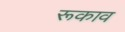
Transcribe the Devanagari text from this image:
रूकाव